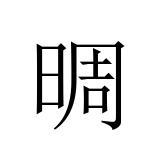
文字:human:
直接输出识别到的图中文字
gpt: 晭